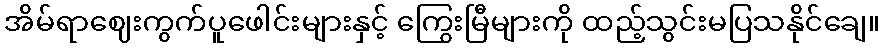
အိမ်ရာဈေးကွက်ပူဖေါင်းများနှင့် ကြွေးမြီများကို ထည့်သွင်းမပြသနိုင်ချေ။